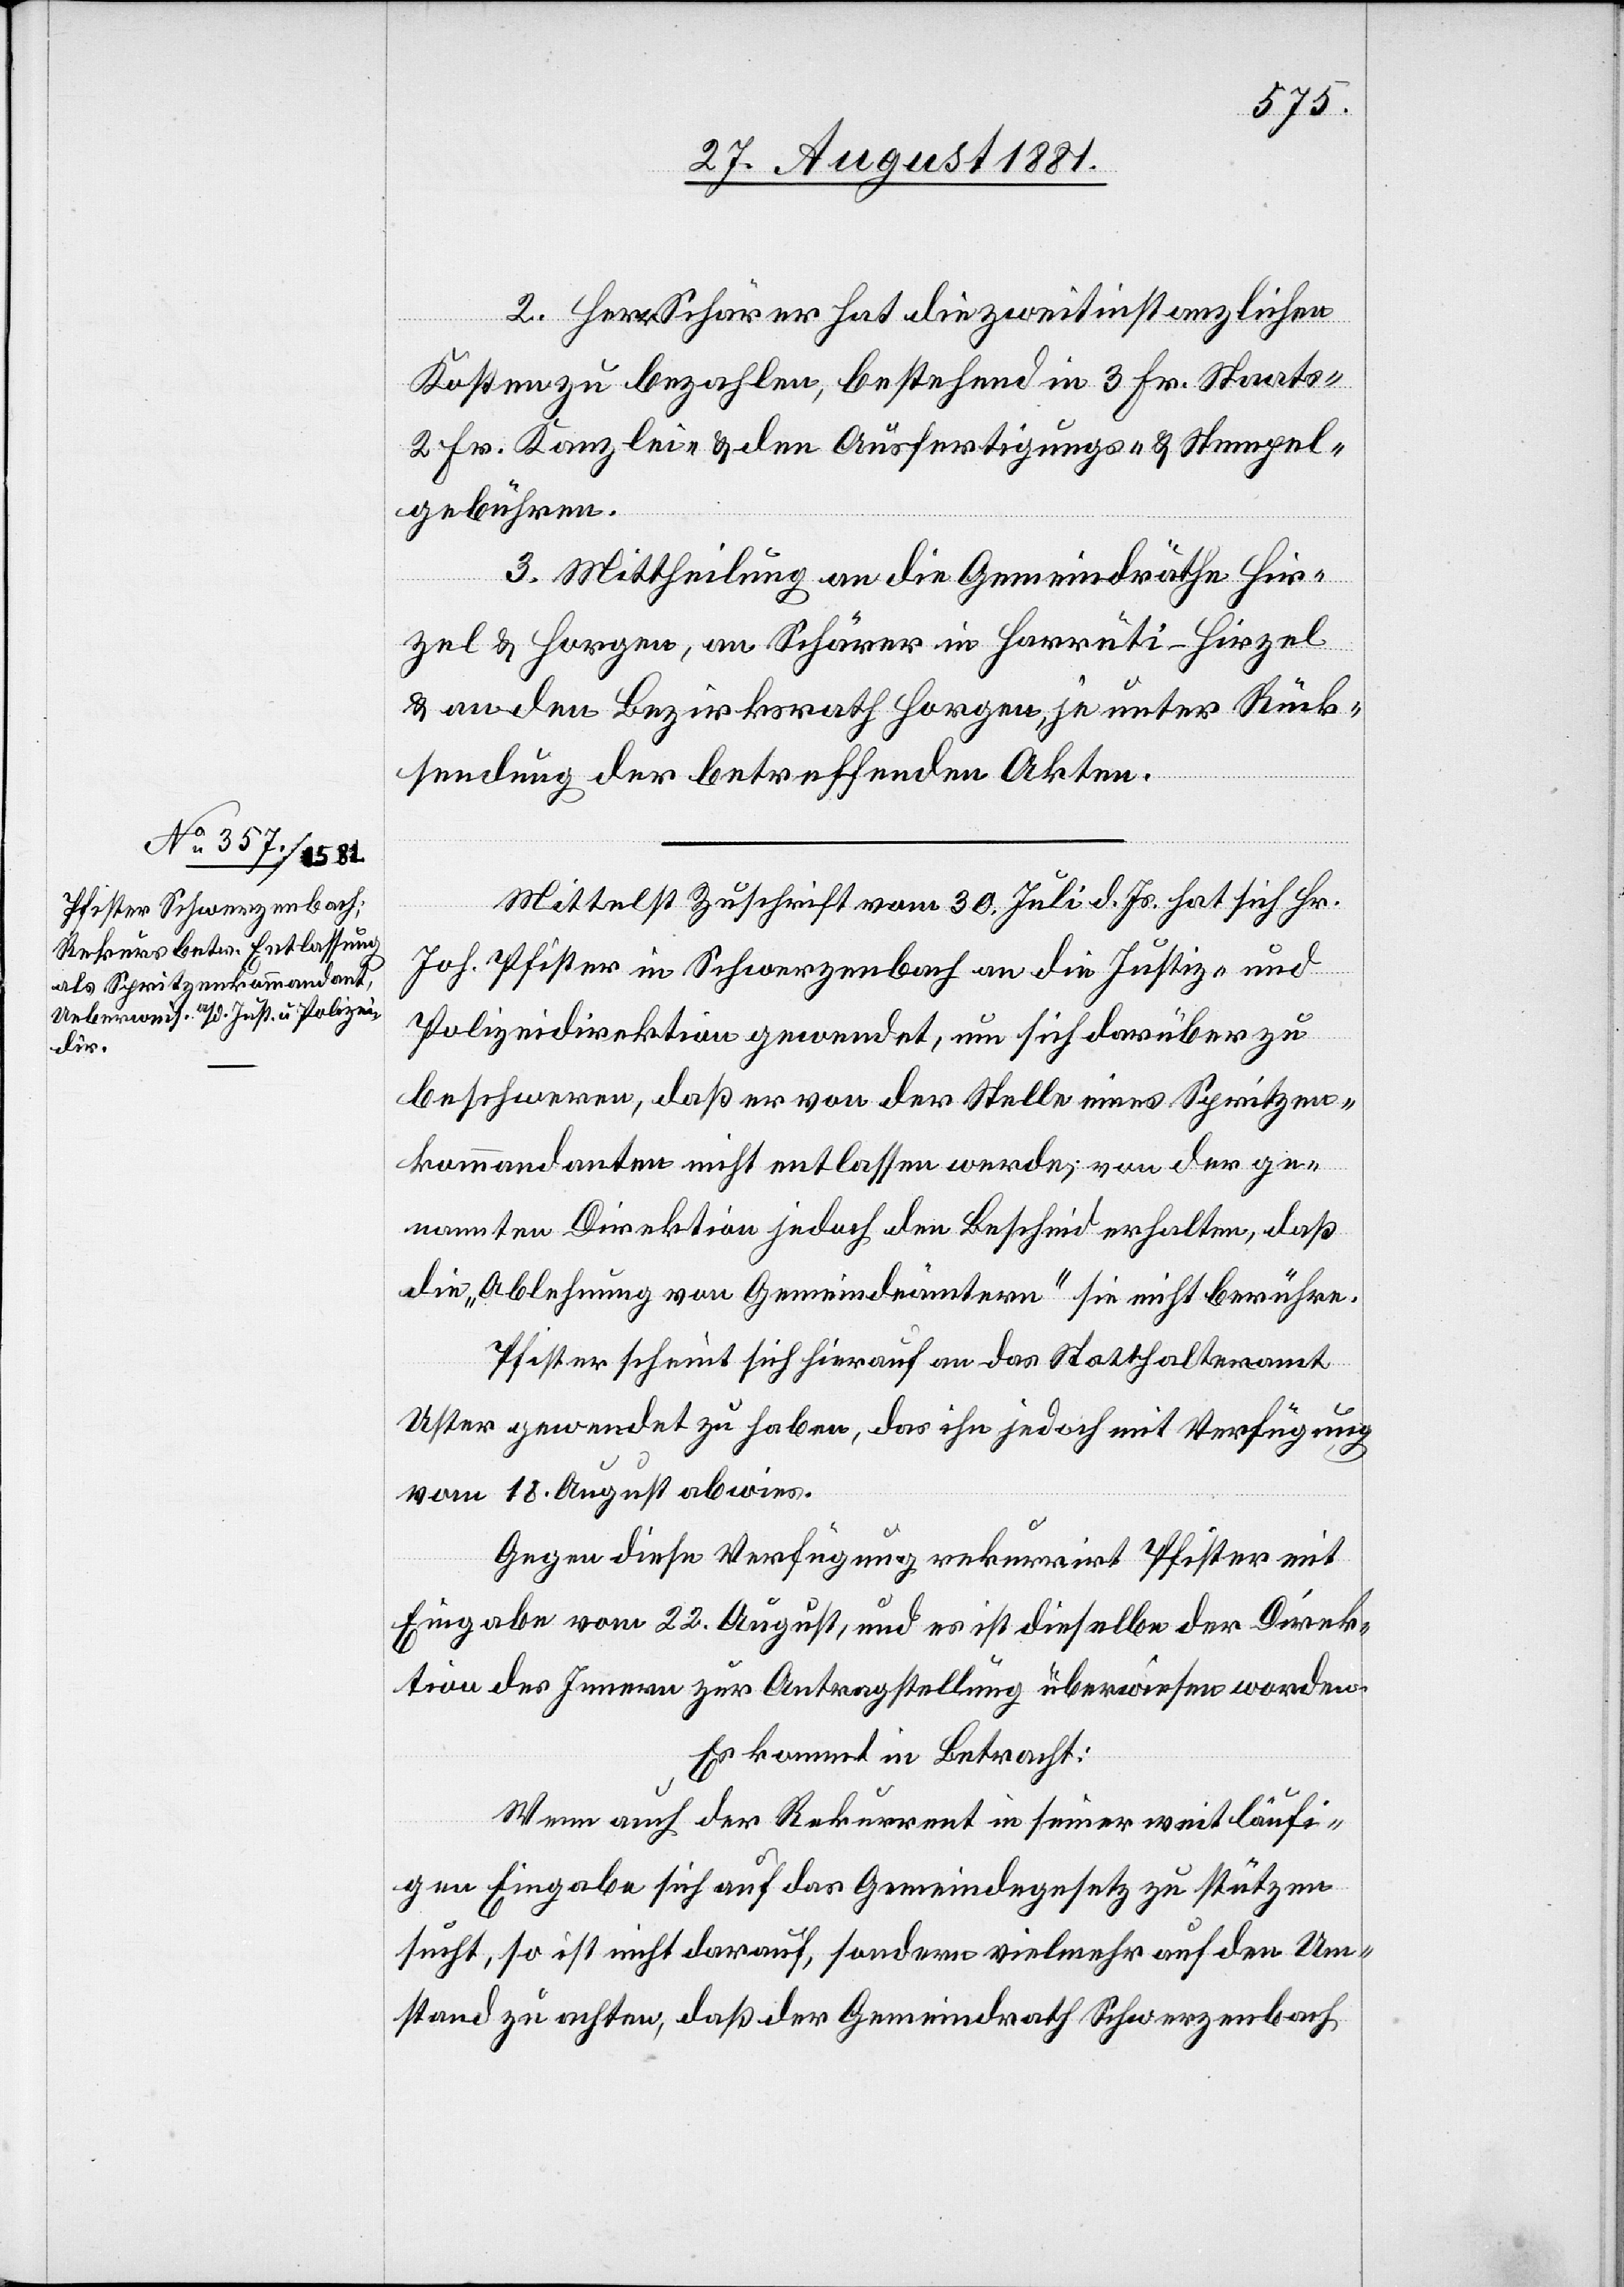
2. Herr Schärer hat die zweitinstanzlichen
Kosten zu bezahlen, bestehend in 3. Fr. Staats-,
2. Fr. Kanzlei- & den Ausfertigungs- & Stempel¬
gebühren.
3. Mittheilung an die Gemeideräthe Hir¬
zel & Horgen, an Schärer in Harrüti - Hirzel
& an den Bezirksrath Horgen, je unter Rück¬
sendung der betreffenden Akten.
Mittelst Zuschrift vom 30. Juli d. Js. hat sich Hr.
Joh. Pfister in Schwarzenbach an die Justiz- &
Polizeidirektion gewendet, um sich darüber zu
beschweren, daß er von der Stelle eines Spritzen¬
kommandanten nicht entlassen werde, von der ge¬
nannten Direktion jedoch den Bescheid erhalten, daß
die „Ablehnung von Gemeindeämtern“ sie nicht berühre.
Pfister scheint sich hierauf an das Statthalteramt
Uster gewendet zu haben, das ihn jedoch mit Verfügung
vom 18. August abwies.
Gegen diese Verfügung rekurrirt Pfister mit
Eingabe vom 22. August, und es ist dieselbe der Direk¬
tion des Innern zur Antragstellung überwiesen worden.
Es kommt in Betracht:
Wenn auch der Rekurrent in seiner weitläufi¬
gen Eingabe sich auf das Gemeindegesetz zu stützen
sucht, so ist nicht darauf, sondern vielmehr auf den Um¬
stand zu achten, daß der Gemeindrath Schwarzenbach